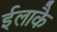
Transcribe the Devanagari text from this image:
ईलाकै